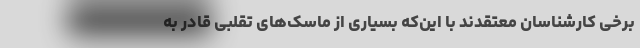
برخی کارشناسان معتقدند با این‌که بسیاری از ماسک‌های تقلبی قادر به